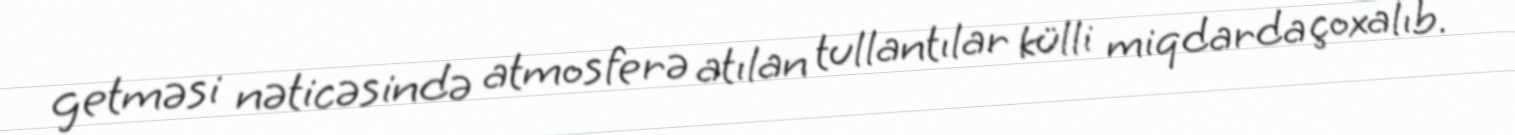
getməsi nəticəsində atmosferə atılan tullantılar külli miqdarda çoxalıb.